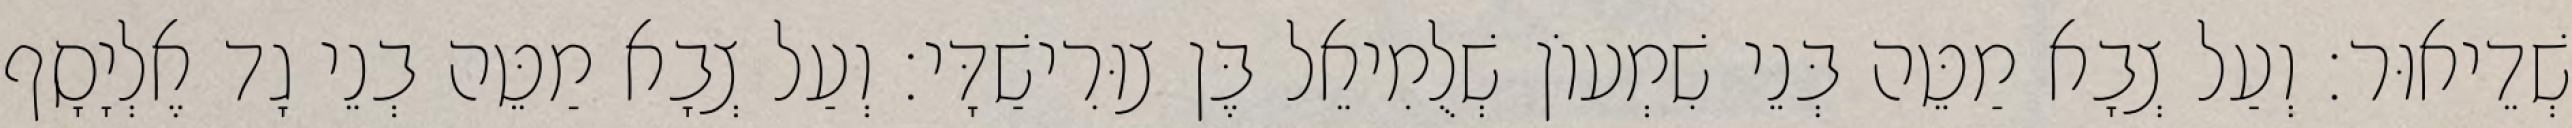
שְׁדֵיאוּר׃ וְעַל צְבָא מַטֵּה בְּנֵי שִׁמְעוֹן שְׁלֻמִיאֵל בֶּן צוּרִישַׁדָּי׃ וְעַל צְבָא מַטֵּה בְנֵי גָד אֶלְיָסָף